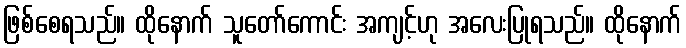
ဖြစ်စေရသည်။ ထိုနောက် သူတော်ကောင်း အကျင့်ဟု အလေးပြုရသည်။ ထိုနောက်